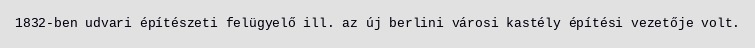
1832-ben udvari építészeti felügyelő ill. az új berlini városi kastély építési vezetője volt.